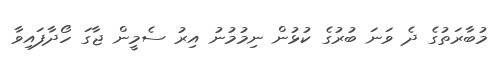
މުބާރަތުގެ ދެ ވަނަ ބުރުގެ ކުޅުން ނިމުމުނު އިރު ސެމީން ޖާގަ ހޯދާފައިވާ